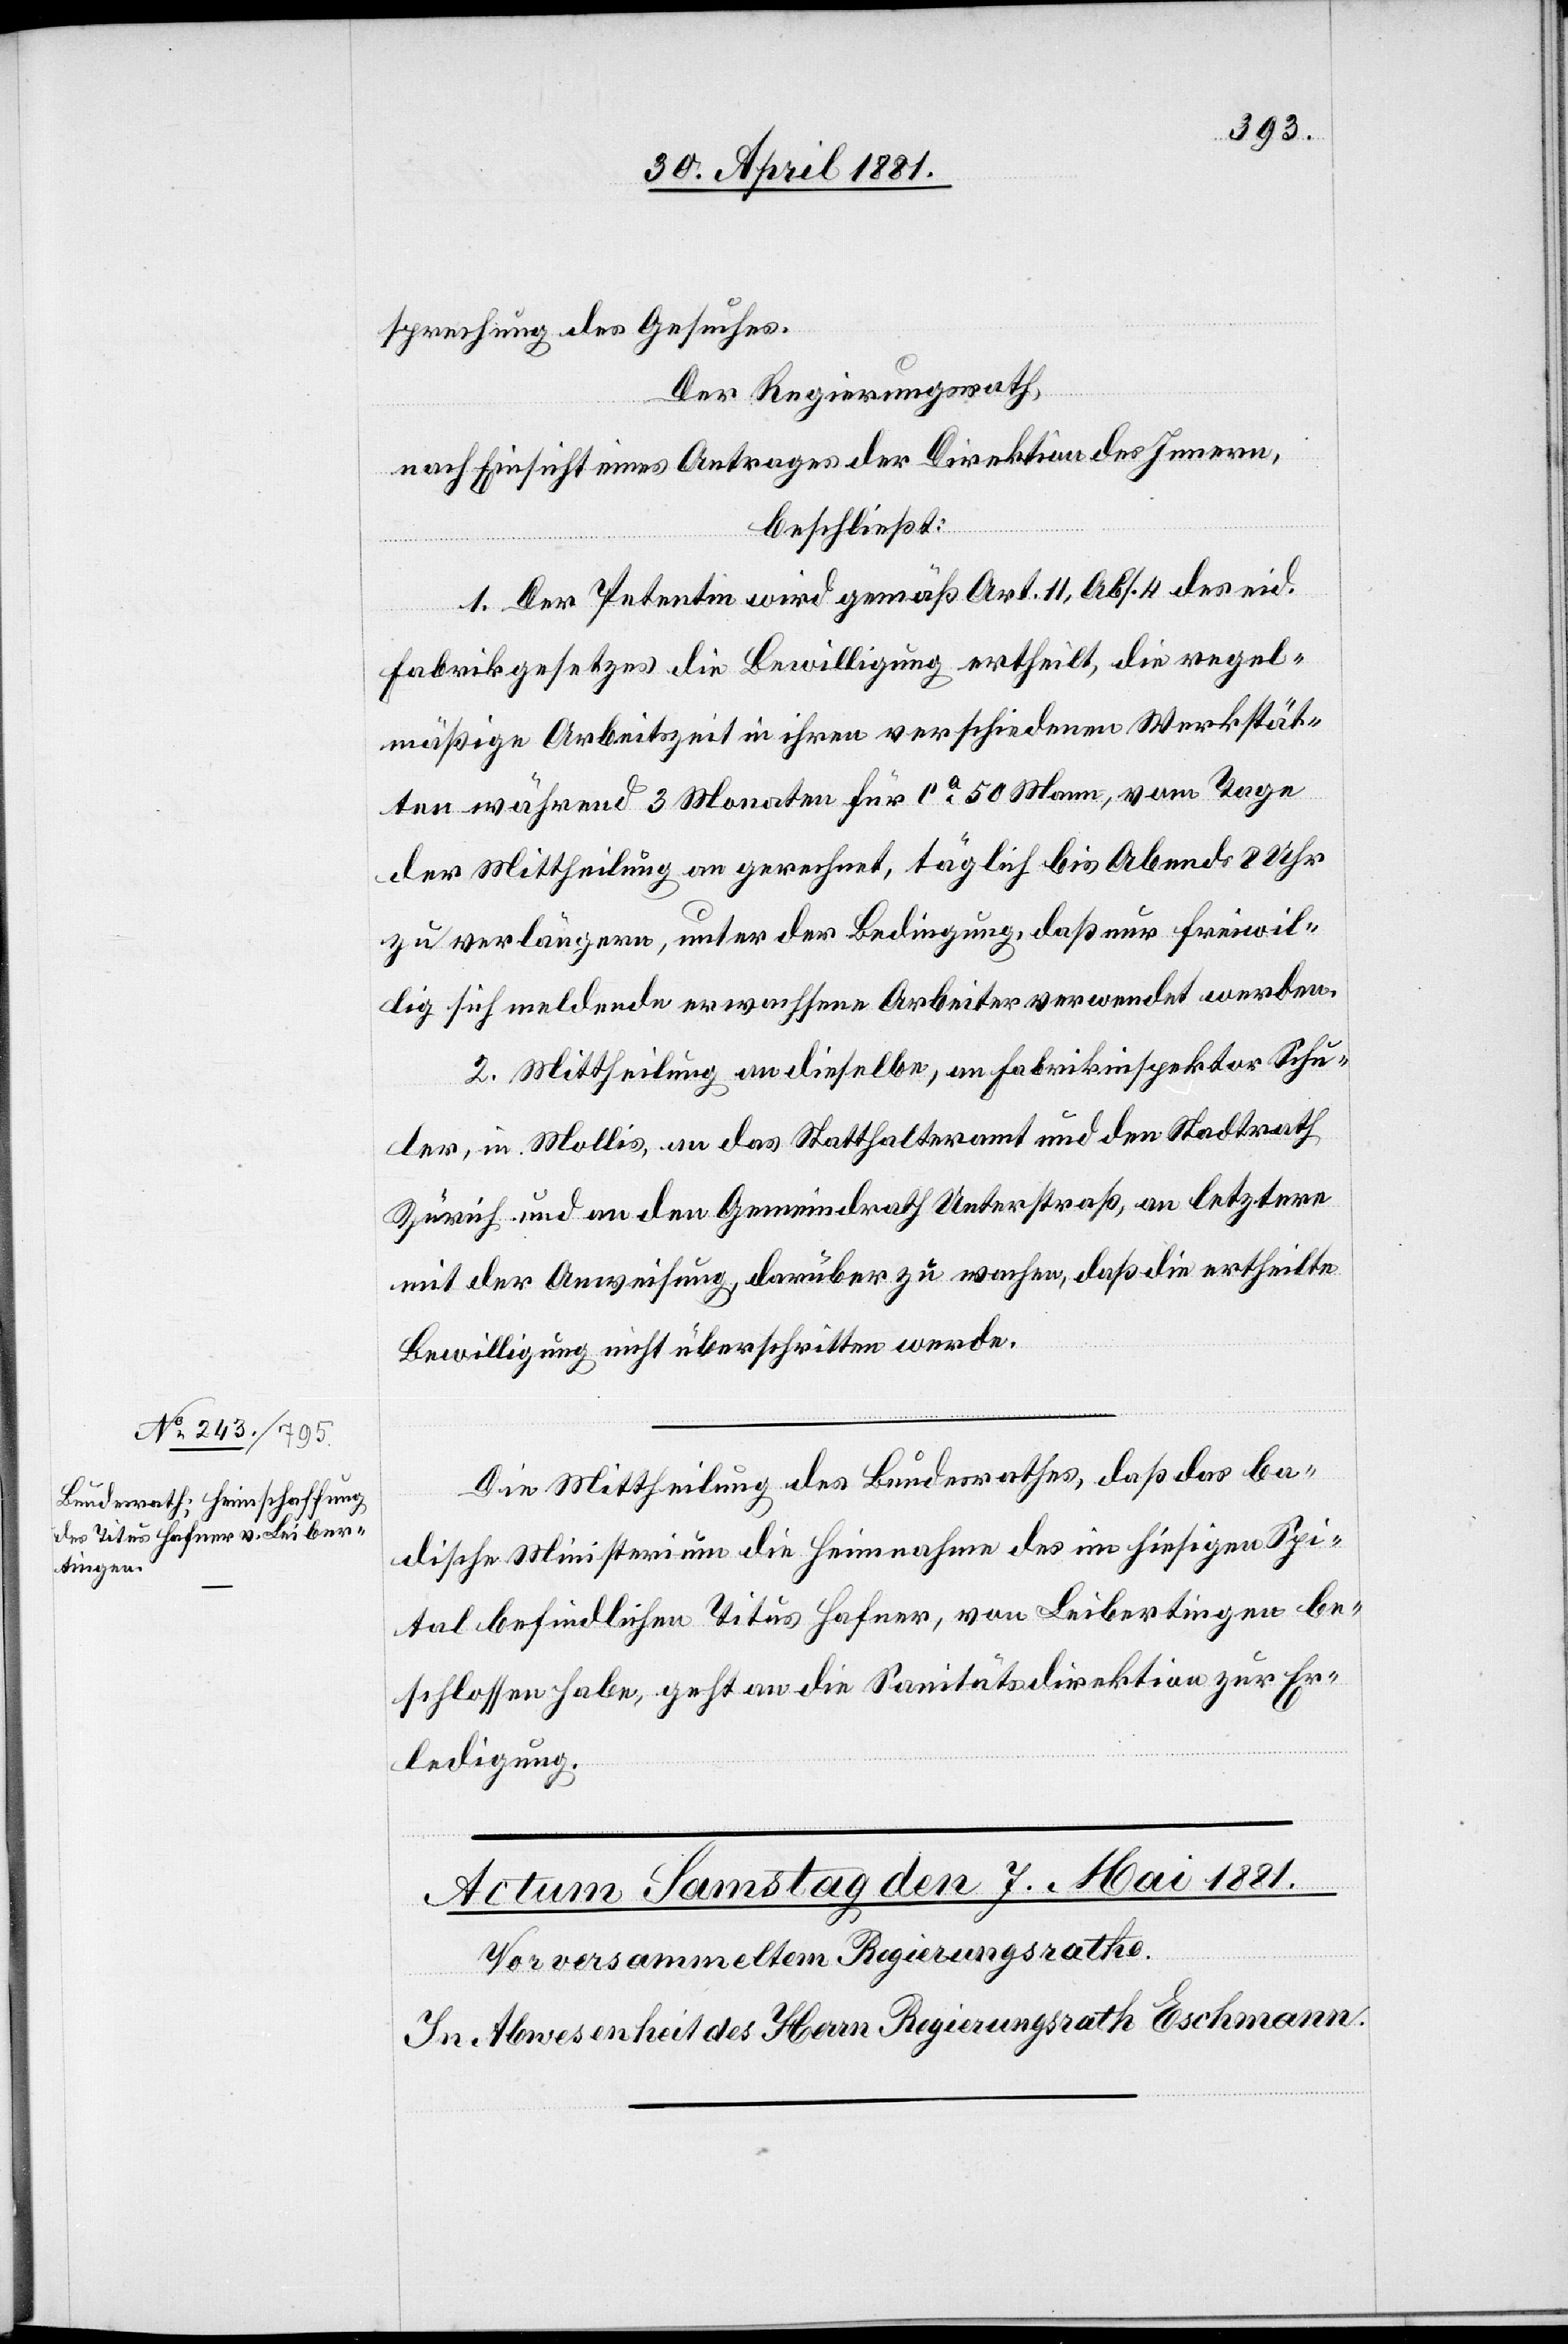
sprechung des Gesuches.
Der Regierungsrath,
nach Einsicht eines Antrages der Direktion des Innern,
beschließt:
1. Der Petentin wird gemäß Art. 11, Abs. 4 des eid.
Fabrikgesetzes die Bewilligung ertheilt, die regel¬
mäßige Arbeitszeit in ihren verschiedenen Werkstät¬
ten während 3 Monaten für ca 50 Mann, vom Tage
der Mittheilung an gerechnet, täglich bis Abends 8 Uhr
zu verlängern, unter der Bedingung, daß nur freiwil¬
lig sich meldende erwachsene Arbeiter verwendet werden.
2. Mittheilung an dieselbe, an Fabrikinspektor Schu¬
ler, in Mollis, an das Statthalteramt und den Stadtrath
Zürich und an den Gemeindrath Unterstraß, an letztern
mit der Anweisung, darüber zu wachen daß die ertheilte
Bewilligung nicht überschritten werde.
Die Mittheilung des Bundesrathes, daß das ba¬
dische Ministerium die Heimnahme des im hiesigen Spi¬
tal befindlichen Titus Hafner, von Leibertingen be¬
schlossen habe, geht an die Sanitätsdirektion zur Er¬
ledigung.